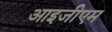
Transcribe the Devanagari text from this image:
आइजीएम